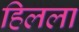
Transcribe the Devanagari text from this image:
हिलला